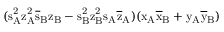
( \mathrm { s _ { A } ^ { 2 } \mathrm { z _ { A } ^ { 2 } \mathrm { \overline { { s } } _ { B } \mathrm { z _ { B } - \mathrm { s _ { B } ^ { 2 } \mathrm { z _ { B } ^ { 2 } \mathrm { s _ { A } \mathrm { \overline { { z } } _ { A } ) ( \mathrm { x _ { A } \mathrm { \overline { { x } } _ { B } + \mathrm { y _ { A } \mathrm { \overline { { y } } _ { B } ) } } } } } } } } } } } }